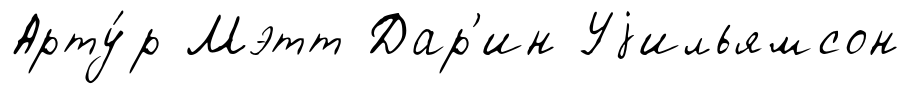
Арту́р Мэтт Дар'ин Уjильямсон